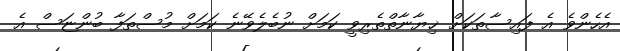
އެހެންވެ އެ ފައިސާތަކަށް ޚިޔާނާތްތެރިވީ ކަމަށް ނުބެލެވޭނެ ކަމަށް މުސްތަފާ ބުންޏަސް އެ